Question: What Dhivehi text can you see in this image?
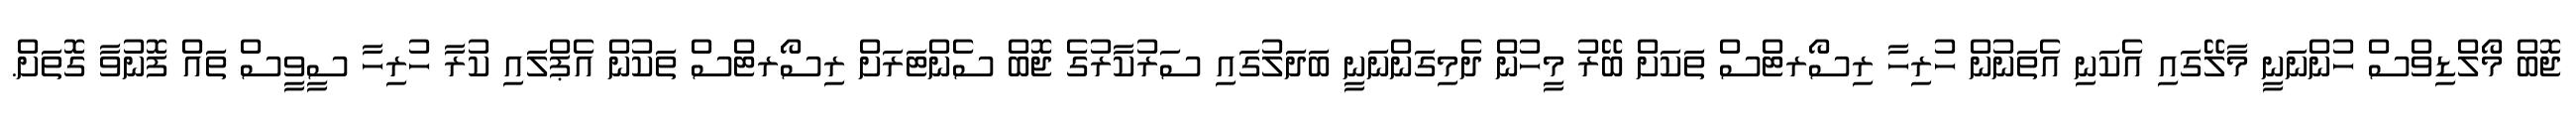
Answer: ޖޮބް މޯލްޑިވްސް ހުންނަނީ މާލޭގައި އެކަނި އެތަނުން ހުރިހާ ރިސޯރޓްސް ތަކަށް ބޭރު މީހުން ދެމިގަންނަނީ ބަދަލުގައި ސަރުކާރުގެ ޖޮބް ސެންޓަރަށް ރިސޯރޓްސް ތަކުން އެޕްލައި ކުރާ ހުރިހާ ސީވީސް ތައް ފޮނުވާ ގޮތަށް.